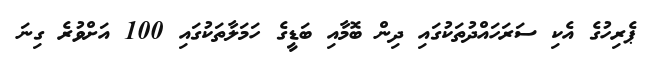
ޕެރިހުގެ އެކި ސަރަހައްދުތަކުގައި ދިން ބޮމާއި ބަޑީގެ ހަމަލާތަކުގައި 100 އަށްވުރެ ގިނަ